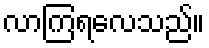
လာကြရလေသည်။